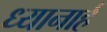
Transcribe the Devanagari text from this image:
ध्यानार्ह